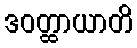
ဒဝတ္ထာယာတိ